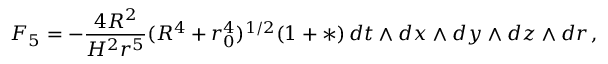
F _ { 5 } = - { \frac { 4 R ^ { 2 } } { H ^ { 2 } r ^ { 5 } } } ( R ^ { 4 } + r _ { 0 } ^ { 4 } ) ^ { 1 / 2 } ( 1 + * ) \, d t \wedge d x \wedge d y \wedge d z \wedge d r \, ,